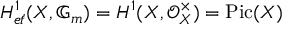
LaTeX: H _ { { \acute { e } } t } ^ { 1 } ( X , \mathbb { G } _ { m } ) = H ^ { 1 } ( X , { \mathcal { O } } _ { X } ^ { \times } ) = \operatorname { P i c } ( X )